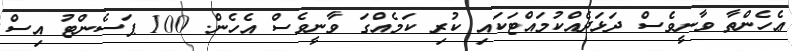
ޢެހެންތާ ވާނީވެސް ދަޅަދެއްކުމައްޓަކައި ކުރި ކަމެއްގަ ވާނީވެސް އެހެން. 100 ޕަސެންޓު އިސް